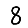
Digit: 8